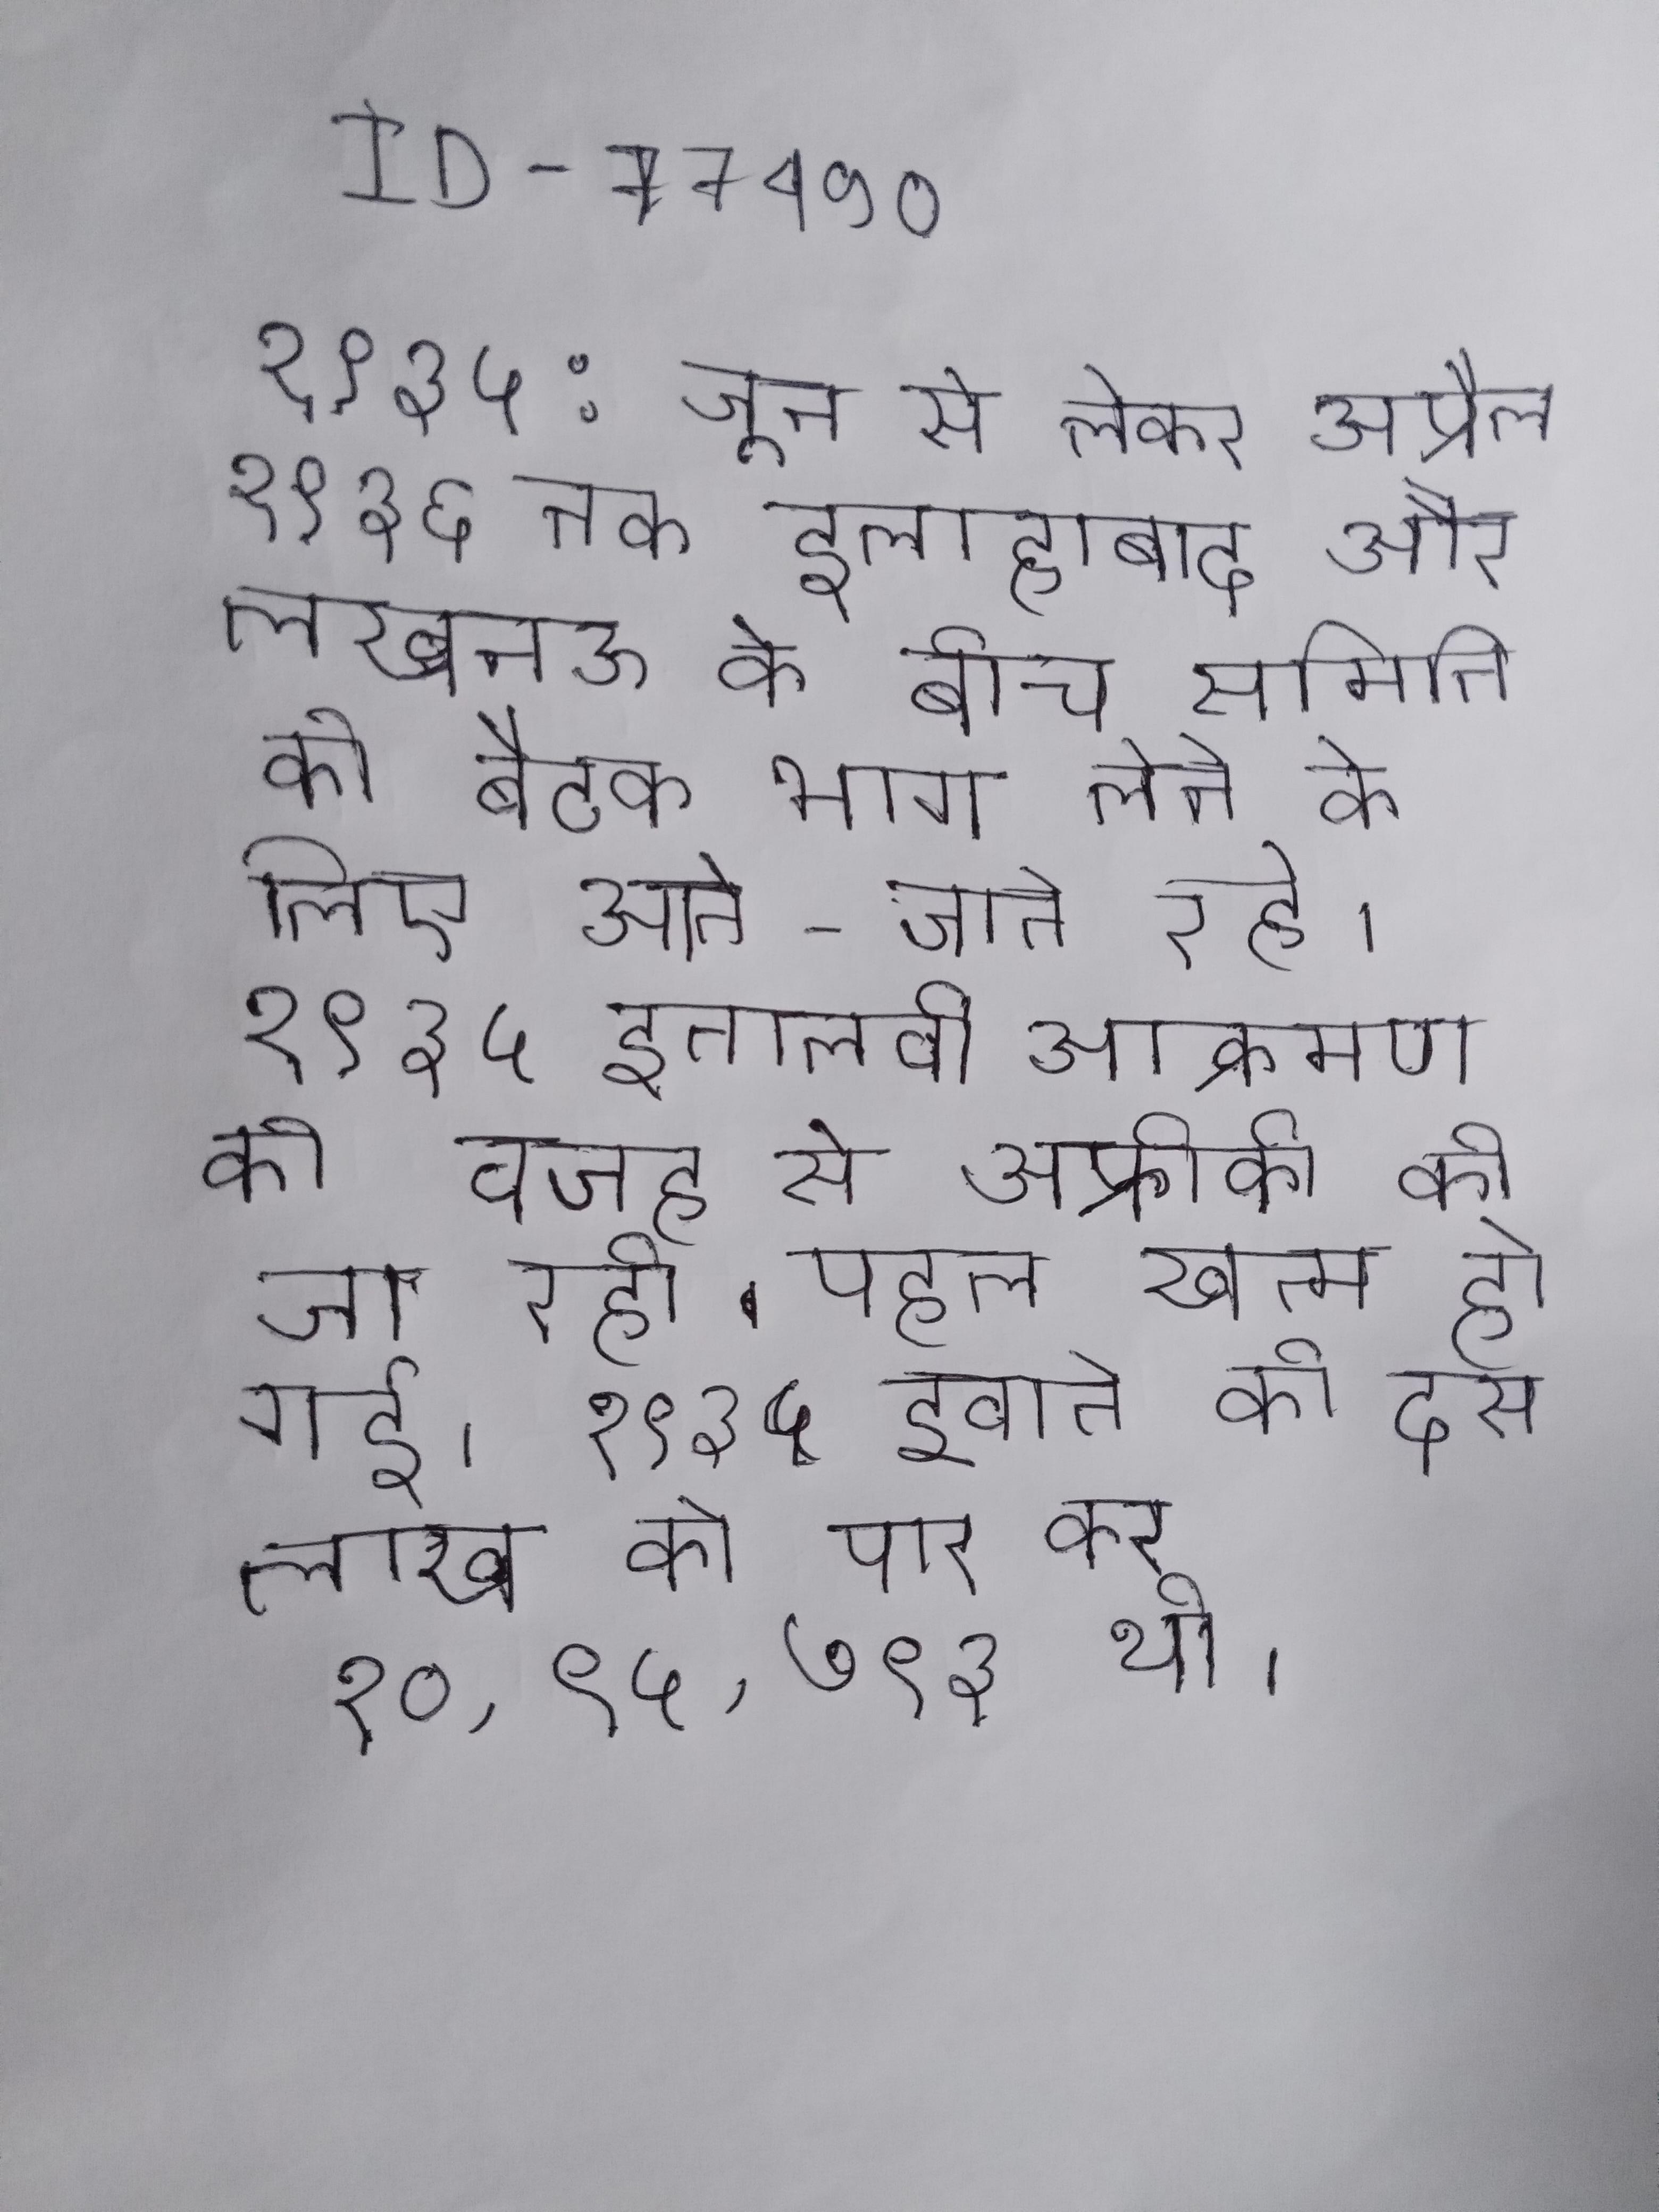
१९३५: जून से लेकर अप्रैल १९३६ तक इलाहाबाद और लखनऊ के बीच समिति की बैठक भाग लेने के लिए आते-जाते रहे । १९३५ इतालवी आक्रमण की वजह से अफ्रीकी की जा रही पहल खत्म हो गई । १९३५ इवाते की दस लाख को पार कर १०,९५,७९३ थी ।